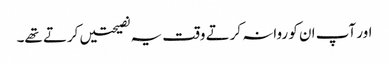
اور آپ ان کو روانہ کرتے وقت یہ نصیحتیں کرتے تھے۔